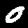
Digit: 0